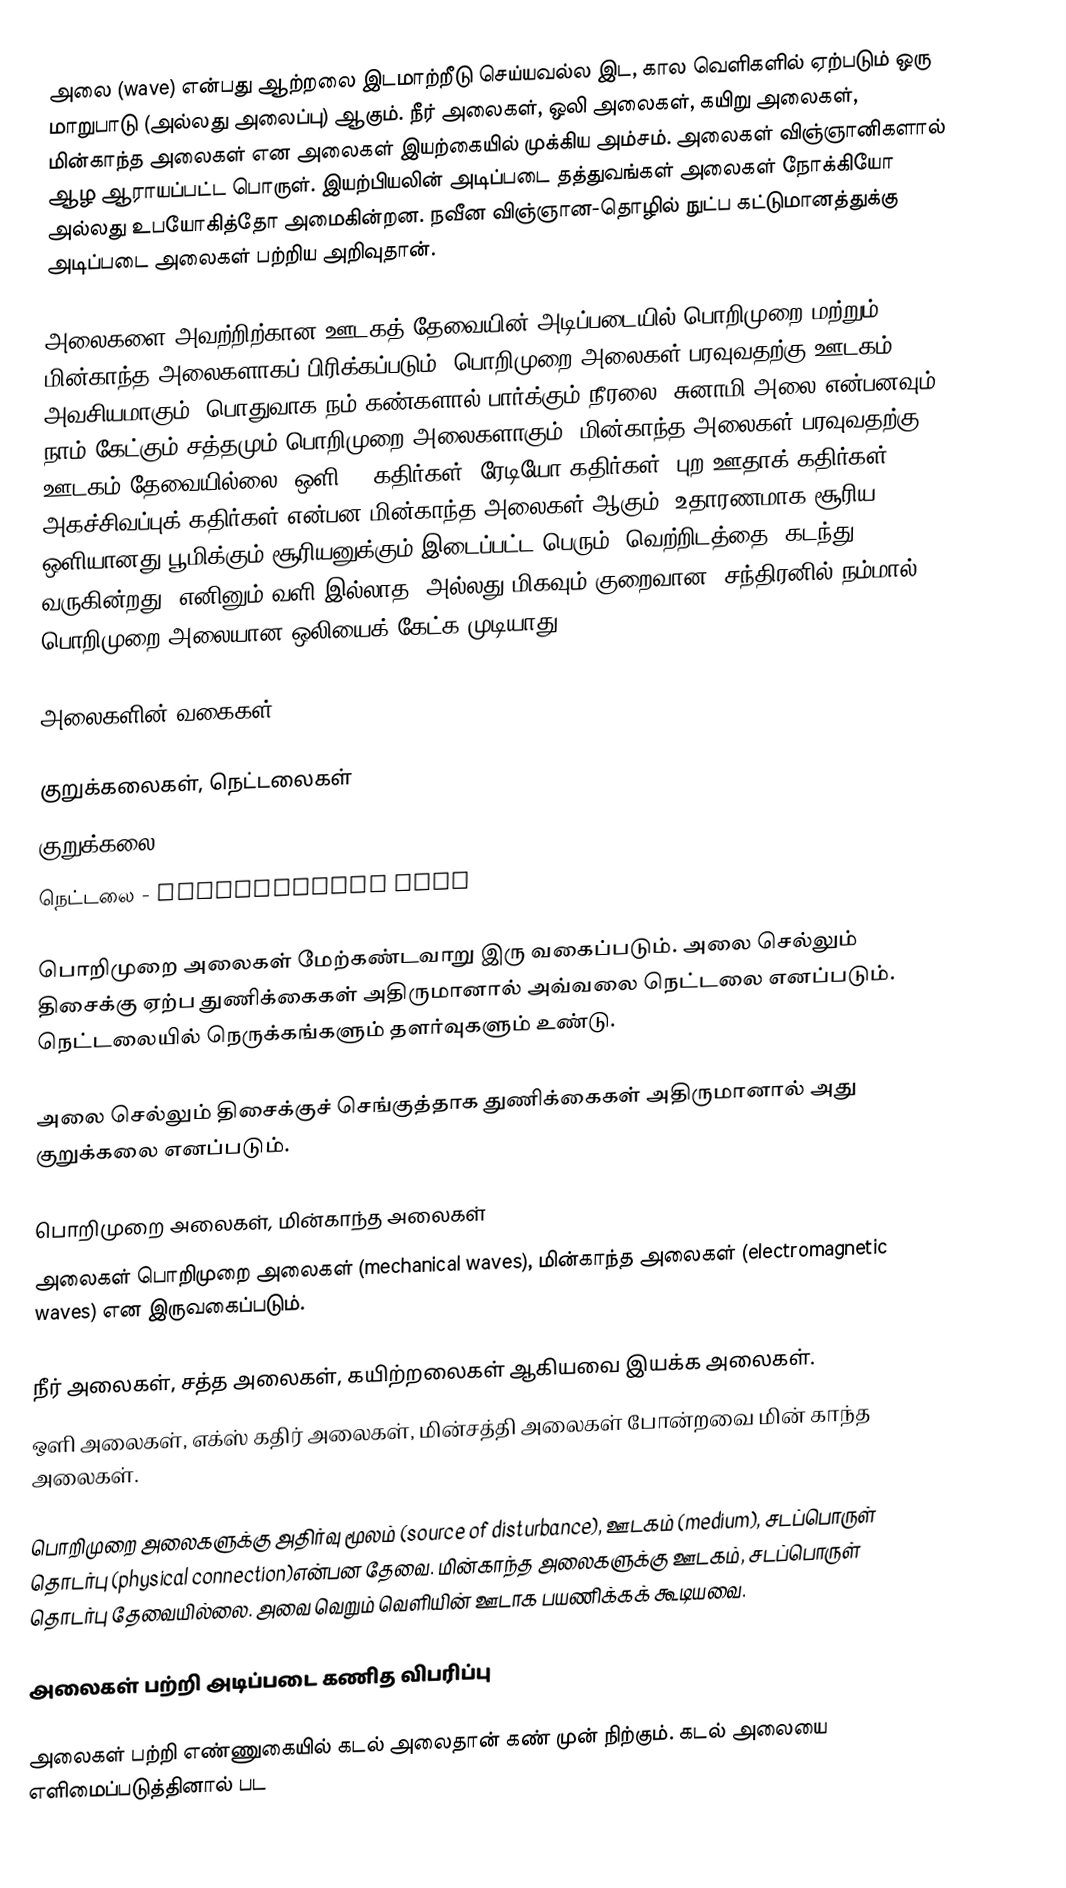
அலை (wave) என்பது ஆற்றலை இடமாற்றீடு செய்யவல்ல இட, கால வெளிகளில் ஏற்படும் ஒரு மாறுபாடு (அல்லது அலைப்பு) ஆகும். நீர் அலைகள், ஒலி அலைகள், கயிறு அலைகள், மின்காந்த அலைகள் என அலைகள் இயற்கையில் முக்கிய அம்சம். அலைகள் விஞ்ஞானிகளால் ஆழ ஆராயப்பட்ட பொருள். இயற்பியலின் அடிப்படை தத்துவங்கள் அலைகள் நோக்கியோ அல்லது உபயோகித்தோ அமைகின்றன. நவீன விஞ்ஞான-தொழில் நுட்ப கட்டுமானத்துக்கு அடிப்படை அலைகள் பற்றிய அறிவுதான்.

அலைகளை அவற்றிற்கான ஊடகத் தேவையின் அடிப்படையில் பொறிமுறை மற்றும் மின்காந்த அலைகளாகப் பிரிக்கப்படும். பொறிமுறை அலைகள் பரவுவதற்கு ஊடகம் அவசியமாகும். பொதுவாக நம் கண்களால் பார்க்கும் நீரலை, சுனாமி அலை என்பனவும் நாம் கேட்கும் சத்தமும் பொறிமுறை அலைகளாகும். மின்காந்த அலைகள் பரவுவதற்கு ஊடகம் தேவையில்லை. ஒளி, x கதிர்கள், ரேடியோ கதிர்கள், புற ஊதாக் கதிர்கள், அகச்சிவப்புக் கதிர்கள் என்பன மின்காந்த அலைகள் ஆகும். உதாரணமாக சூரிய ஒளியானது பூமிக்கும் சூரியனுக்கும் இடைப்பட்ட பெரும் 'வெற்றிடத்தை' கடந்து வருகின்றது. எனினும் வளி இல்லாத (அல்லது மிகவும் குறைவான) சந்திரனில் நம்மால் பொறிமுறை அலையான ஒலியைக் கேட்க முடியாது.

அலைகளின் வகைகள்

குறுக்கலைகள், நெட்டலைகள்
 குறுக்கலை - transverse wave
 நெட்டலை - longitudinal wave

பொறிமுறை அலைகள் மேற்கண்டவாறு இரு வகைப்படும். அலை செல்லும் திசைக்கு ஏற்ப துணிக்கைகள் அதிருமானால் அவ்வலை நெட்டலை எனப்படும். நெட்டலையில் நெருக்கங்களும் தளர்வுகளும் உண்டு.

அலை செல்லும் திசைக்குச் செங்குத்தாக துணிக்கைகள் அதிருமானால் அது குறுக்கலை எனப்படும்.

பொறிமுறை அலைகள், மின்காந்த அலைகள்
அலைகள் பொறிமுறை அலைகள் (mechanical waves), மின்காந்த அலைகள் (electromagnetic waves) என இருவகைப்படும்.

 நீர் அலைகள், சத்த அலைகள், கயிற்றலைகள் ஆகியவை இயக்க அலைகள்.
 ஒளி அலைகள், எக்ஸ் கதிர் அலைகள், மின்சத்தி அலைகள் போன்றவை மின் காந்த அலைகள்.

பொறிமுறை அலைகளுக்கு அதிர்வு மூலம் (source of disturbance), ஊடகம் (medium), சடப்பொருள் தொடர்பு (physical connection)என்பன தேவை. மின்காந்த அலைகளுக்கு ஊடகம், சடப்பொருள் தொடர்பு தேவையில்லை. அவை வெறும் வெளியின் ஊடாக பயணிக்கக் கூடியவை.

அலைகள் பற்றி அடிப்படை கணித விபரிப்பு

அலைகள் பற்றி எண்ணுகையில் கடல் அலைதான் கண் முன் நிற்கும். கடல் அலையை எளிமைப்படுத்தினால் பட